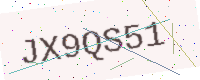
Text: JX9QS51